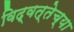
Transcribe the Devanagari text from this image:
विद्वत्तेच्या